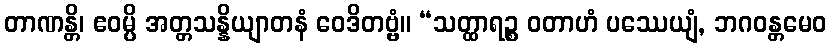
တာဏန္တိ၊ ဧဝမ္ပိ အတ္တသန္နိယျာတနံ ဝေဒိတဗ္ဗံ။ “သတ္ထာရဉ္စ ဝတာဟံ ပဿေယျံ, ဘဂဝန္တမေဝ